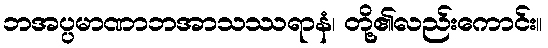
ဘအပ္ပမာဏာဘအာသဿရာနံ၊ တို့၏လည်းကောင်း။